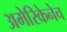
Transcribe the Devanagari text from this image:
अमेरिकेनेच